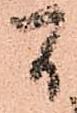
間